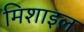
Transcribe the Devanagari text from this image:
मिशाइल